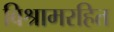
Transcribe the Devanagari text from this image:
विश्रामरहित